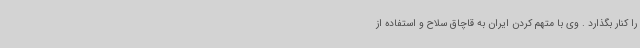
را کنار بگذارد . وی با متهم کردن ایران به قاچاق سلاح و استفاده از